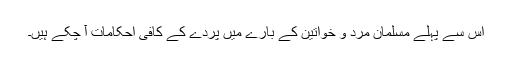
اس سے پہلے مسلمان مرد و خواتین کے بارے میں پردے کے کافی احکامات آ چکے ہیں۔